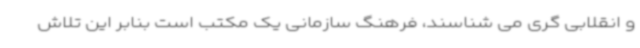
و انقلابی گری می شناسند، فرهنگ سازمانی یک مکتب است بنابر این تلاش